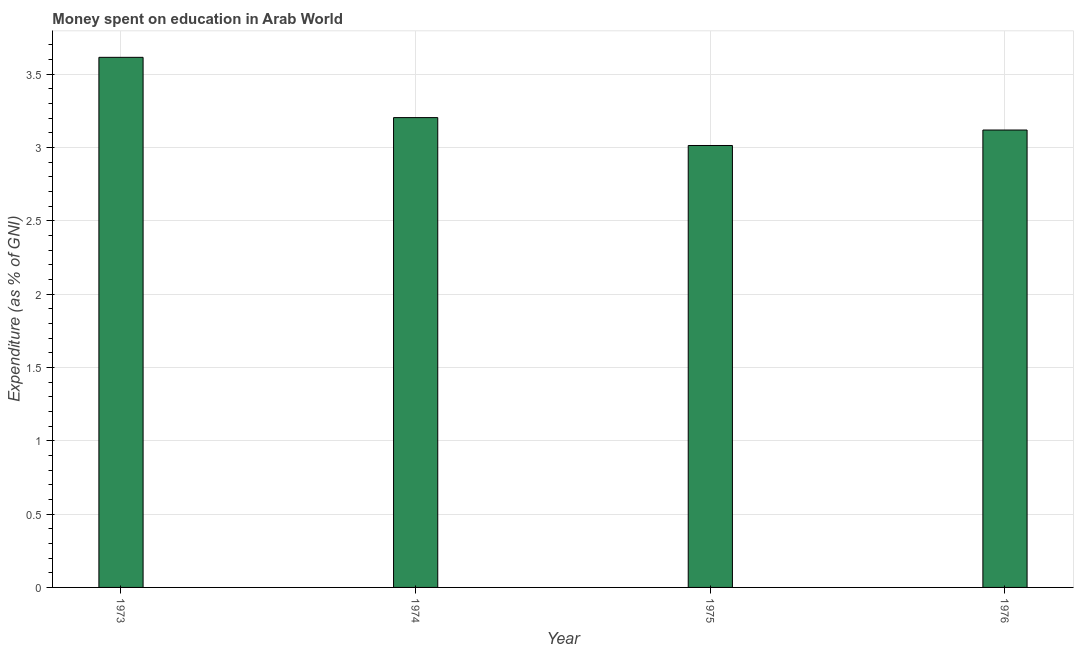
| Year | Education expenditure |
 | --- | --- |
 | 1973 | 3.61 |
 | 1974 | 3.2 |
 | 1975 | 3.01 |
 | 1976 | 3.12 |